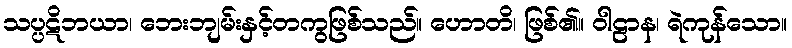
သပ္ပဋိဘယာ၊ ဘေးဘျမ်းနှင့်တကွဖြစ်သည်။ ဟောတိ၊ ဖြစ်၏။ ဝါဠာန၊ ရဲကုန်သော။